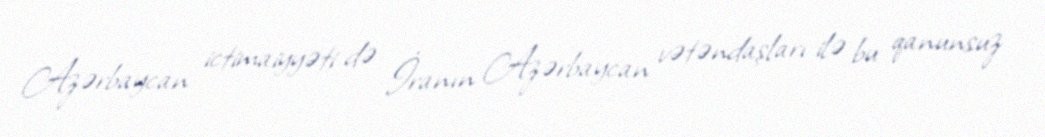
Azərbaycan ictimaiyyəti də İranın Azərbaycan vətəndaşları ilə bu qanunsuz